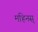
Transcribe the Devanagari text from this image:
महिनस्